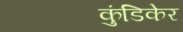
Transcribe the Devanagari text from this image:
कुंडिकेर